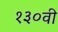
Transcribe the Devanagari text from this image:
१३०वी